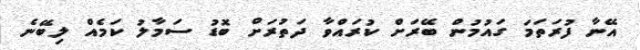
އޭނާ ފުރަތަމަ ގައުމުން ބޭރަށް ކުރައްވާ ދަތުރަށް ބޮޑު ސަމާލު ކަމެއް ލިބޭނެ